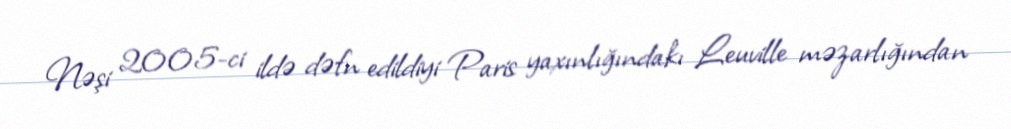
Nəşi 2005-ci ildə dəfn edildiyi Paris yaxınlığındakı Leuville məzarlığından